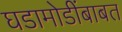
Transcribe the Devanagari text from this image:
घडामोडींबाबत